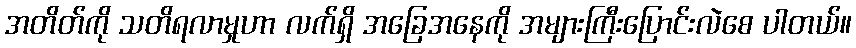
အတိတ်ကို သတိရလာမှုဟာ လက်ရှိ အခြေအနေကို အများကြီးပြောင်းလဲစေ ပါတယ်။